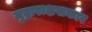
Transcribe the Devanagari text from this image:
मुद्राराक्षसकार